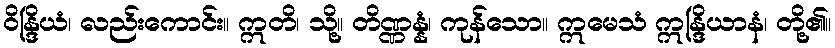
ဝိန္ဒြိယံ၊ လည်းကောင်း။ ဣတိ၊ သို့။ တိဏ္ဏန္နံ၊ ကုန်သော။ ဣမေသံ ဣန္ဒြိယာနံ၊ တို့၏။